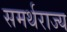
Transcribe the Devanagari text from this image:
समर्थराज्य